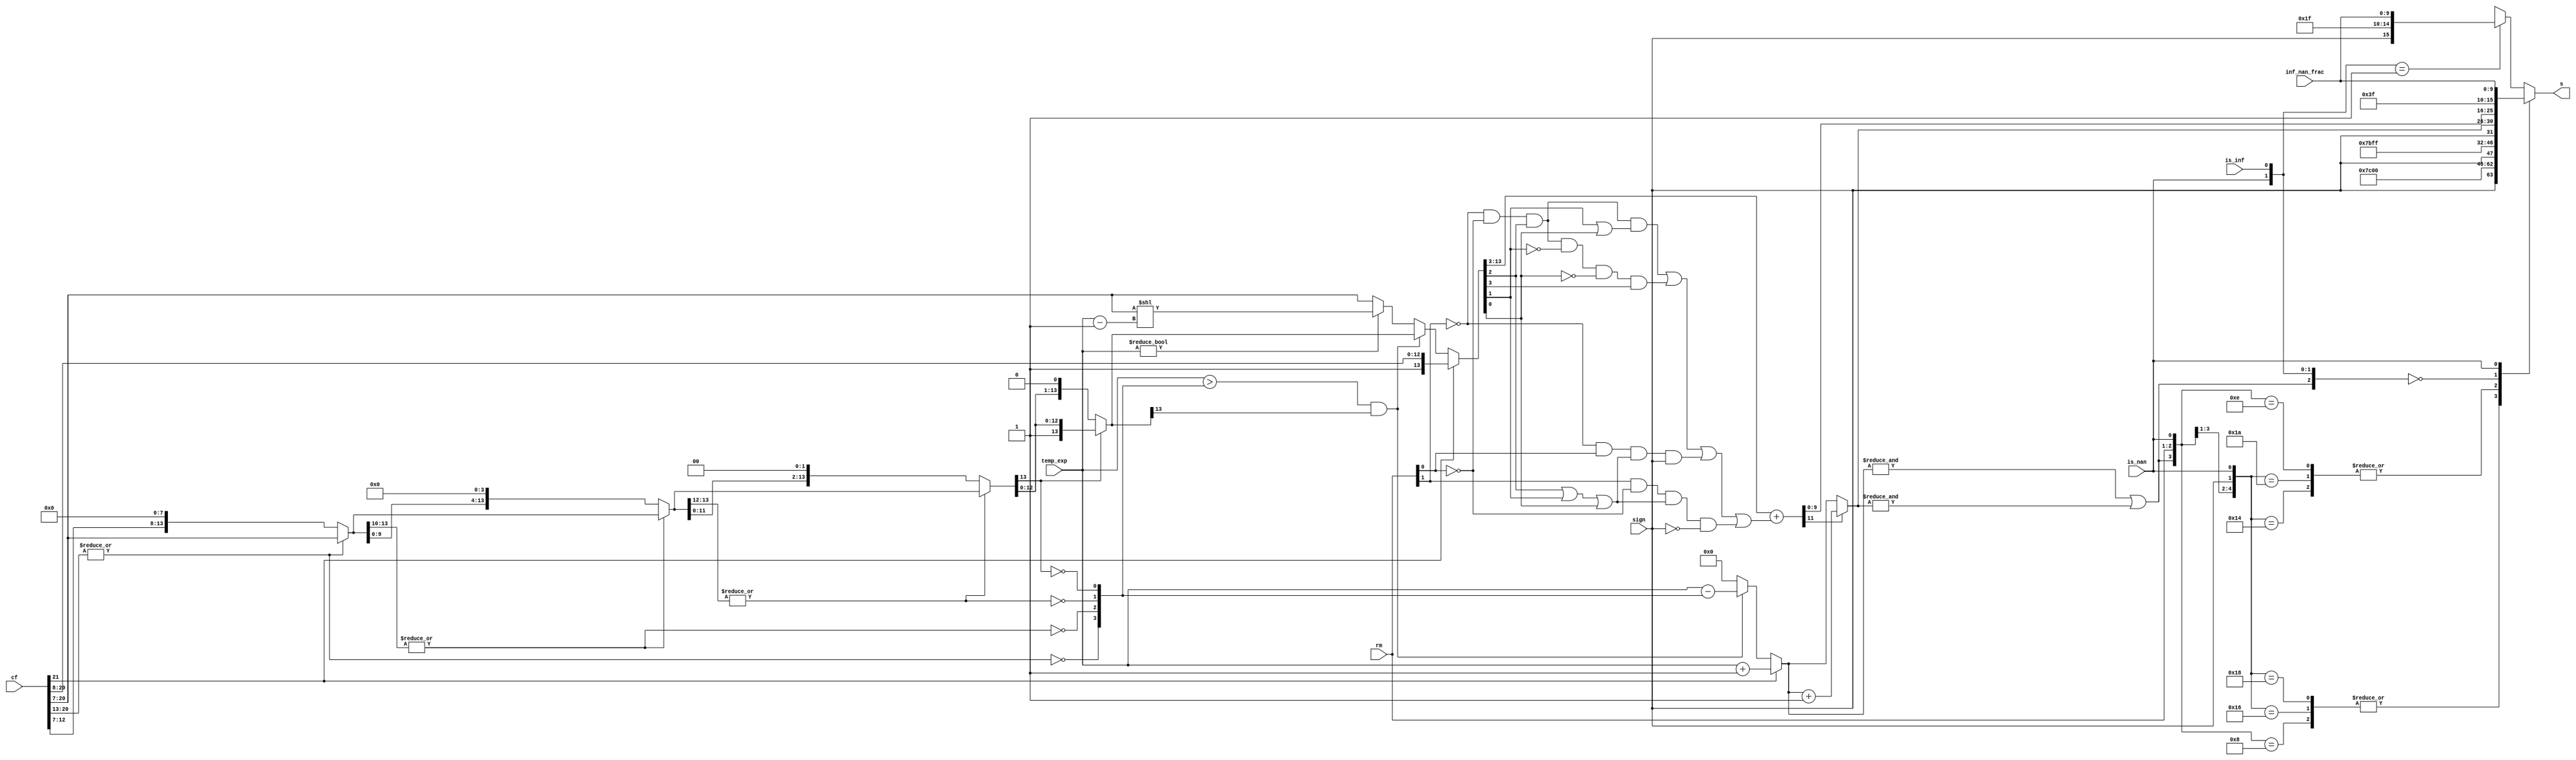
`timescale 1ns / 1ps

module fadd_norm (rm,is_nan,is_inf,inf_nan_frac,sign,temp_exp,cf,s);
	//1 5 10
	//1 8 23
	input [26:0] cf;
	input [9:0] inf_nan_frac;
	input [4:0] temp_exp;
	input [1:0] rm;
	input is_nan,is_inf;
	input sign;
	output [15:0] s;
	wire [13:0] f3,f2,f1,f0;
	wire [14:0] cal_frac= cf[21:7];
	
	//1
	wire [3:0] zeros;
	assign zeros[3] = ~|cal_frac[13:6]; // 8-bit 0
	assign f3 = zeros[3]? {cal_frac[5:0],8'b0} : cal_frac[13:0];
	assign zeros[2] = ~|f3[13:10]; // 4-bit 0
	assign f2 = zeros[2]? {f3[9:0], 4'b0} : f3;
	assign zeros[1] = ~|f2[13:12]; // 2-bit 0
	assign f1 = zeros[1]? {f2[11:0], 2'b0} : f2;
	assign zeros[0] = ~f1[13]; // 1-bit 0
	assign f0 = zeros[0]? {f1[12:0], 1'b0} : f1;
	
	//exponent
	reg [13:0] frac0;
	reg [4:0] exp0;
	always @ * begin
		if (cal_frac[14]) begin
			frac0 = cal_frac[14:1]; // 1x.xxxxxxxxxxxxxxxxxxxxxxx xxx
			exp0 = temp_exp + 5'h1; // 1.xxxxxxxxxxxxxxxxxxxxxxx xxx
		end 
		else begin
			if ((temp_exp > zeros) && (f0[13])) begin // a normalized number
				exp0 = temp_exp - zeros;
				frac0 = f0; // 01.xxxxxxxxxxxxxxxxxxxxxxx xxx
			end
			else begin // is a denormalized number or 0
				exp0 = 0;
				if (temp_exp != 0) // (e - 127) = ((e - 1) - 126)
					frac0 = cal_frac[13:0] << (temp_exp - 5'h1);
				else frac0 = cal_frac[13:0];
			end
		end
	end

	//round
	wire frac_plus_1 = // for rounding
	~rm[1] & ~rm[0] & frac0[2] & (frac0[1] | frac0[0]) |
	~rm[1] & ~rm[0] & frac0[2] & ~frac0[1] & ~frac0[0] & frac0[3] |
	~rm[1] & rm[0] & (frac0[2] | frac0[1] | frac0[0]) & sign |
	rm[1] & ~rm[0] & (frac0[2] | frac0[1] | frac0[0]) & ~sign;
	wire [11:0] frac_round = {1'b0,frac0[13:3]} + frac_plus_1;
	wire [4:0] exponent = frac_round[11]? exp0 + 5'h1  : exp0 ;
	wire overflow = &exp0 | &exponent;
	assign s = final_result(overflow, rm, sign, is_nan, is_inf, exponent, frac_round[9:0], inf_nan_frac);
	//
	function [15:0] final_result;
		input overflow;
		input [1:0] rm;
		input sign, is_nan, is_inf;
		input [4:0] exponent;
		input [9:0] fraction, inf_nan_frac;
		casex ({overflow, rm, sign, is_nan, is_inf})
			6'b1_00_x_0_x : final_result = {sign,5'h1f,10'h0}; // inf
			6'b1_01_0_0_x : final_result = {sign,5'h1e,10'h3ff}; // max
			6'b1_01_1_0_x : final_result = {sign,5'h1f,10'h0}; // inf
			6'b1_10_0_0_x : final_result = {sign,5'h1f,10'h0}; // inf
			6'b1_10_1_0_x : final_result = {sign,5'h1e,10'h3ff}; // max
			6'b1_11_x_0_x : final_result = {sign,5'h1e,10'h3ff}; // max
			6'b0_xx_x_0_0 : final_result = {sign,exponent,fraction}; // nor
			6'bx_xx_x_1_x : final_result = {1'b1,5'h1f,inf_nan_frac}; // nan
			6'bx_xx_x_0_1 : final_result = {sign,5'h1f,inf_nan_frac}; // inf
			default : final_result = {sign,5'h0,10'h0}; // 0
		endcase
	endfunction
endmodule